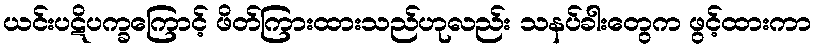
ယင်းပဋိပက္ခကြောင့် ဖိတ်ကြားထားသည်ဟုလည်း သနပ်ခါးတွေက ဖွင့်ထားကာ